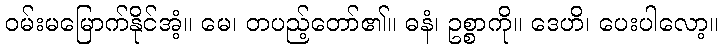
ဝမ်းမမြောက်နိုင်အံ့။ မေ၊ တပည့်တော်၏။ ဓနံ၊ ဥစ္စာကို။ ဒေဟိ၊ ပေးပါလော့။